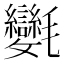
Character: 𣱂